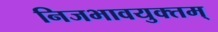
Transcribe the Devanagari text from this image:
निजभावयुक्तम्